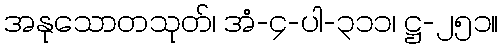
အနုသောတသုတ်၊ အံ-၄-ပါ-၃၁၁၊ ဋ္ဌ-၂၅၁။